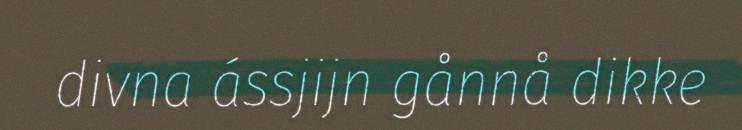
divna ássjijn gånnå dikke